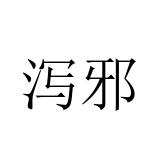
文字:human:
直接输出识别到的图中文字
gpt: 泻邪